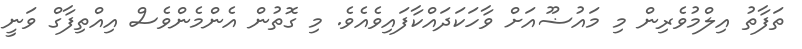
ތަފާތު އިލްމުވެރިން މި މައުޟޫއަށް ވާހަކަދައްކާފައިވެއެވެ. މި ގޮތުން އެންމެންވެސް އިއްތިފާގް ވަނީ